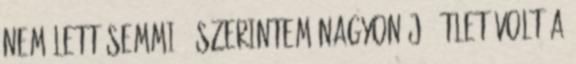
nem lett semmi.” Szerintem nagyon jó ötlet volt a